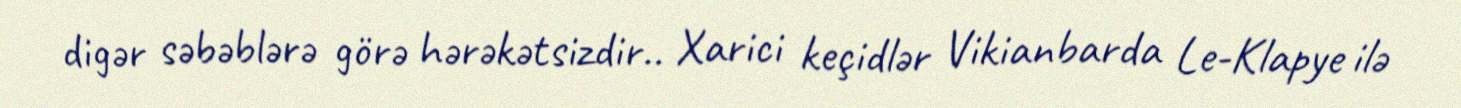
digər səbəblərə görə hərəkətsizdir.. Xarici keçidlər Vikianbarda Le-Klapye ilə